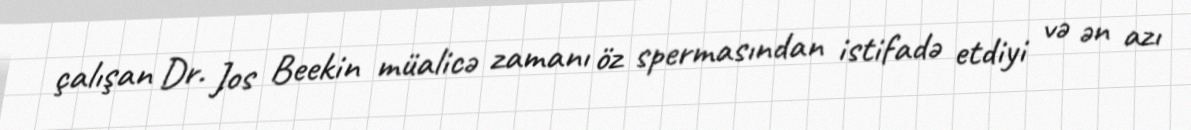
çalışan Dr. Jos Beekin müalicə zamanı öz spermasından istifadə etdiyi və ən azı